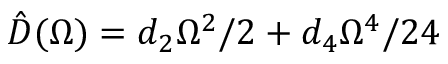
\hat { D } ( \Omega ) = d _ { 2 } \Omega ^ { 2 } / 2 + d _ { 4 } \Omega ^ { 4 } / 2 4